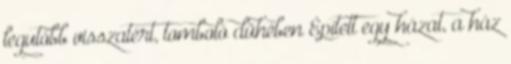
legutóbb visszatért, tomboló dühében Épített egy házat, a ház